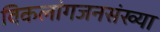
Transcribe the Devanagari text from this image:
विकलांगजनसंख्या